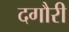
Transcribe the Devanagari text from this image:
दगौरी